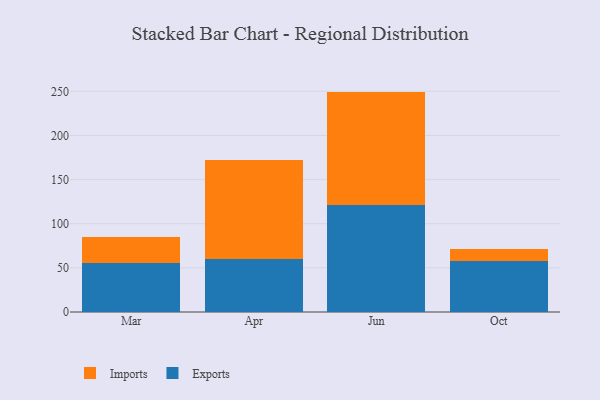
{"axis": {"x": "Month", "y": "Budget (USD K)"}, "legend": ["Exports", "Imports"], "data": [{"x": "Mar", "y": 55.1, "type": "Exports"}, {"x": "Mar", "y": 30.2, "type": "Imports"}, {"x": "Apr", "y": 60.0, "type": "Exports"}, {"x": "Apr", "y": 112.4, "type": "Imports"}, {"x": "Jun", "y": 120.8, "type": "Exports"}, {"x": "Jun", "y": 128.9, "type": "Imports"}, {"x": "Oct", "y": 58.1, "type": "Exports"}, {"x": "Oct", "y": 13.3, "type": "Imports"}]}